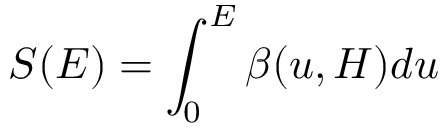
S ( E ) = \int _ { 0 } ^ { E } \beta ( u , H ) d u